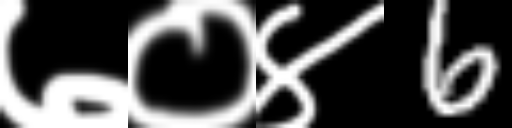
Text: ७०४6